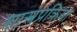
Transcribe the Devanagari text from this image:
शास्त्रप्रक्रिया